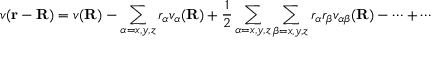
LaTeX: v ( \mathbf { r } - \mathbf { R } ) = v ( \mathbf { R } ) - \sum _ { \alpha = x , y , z } r _ { \alpha } v _ { \alpha } ( \mathbf { R } ) + { \frac { 1 } { 2 } } \sum _ { \alpha = x , y , z } \sum _ { \beta = x , y , z } r _ { \alpha } r _ { \beta } v _ { \alpha \beta } ( \mathbf { R } ) - \cdots + \cdots